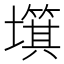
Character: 𡒬